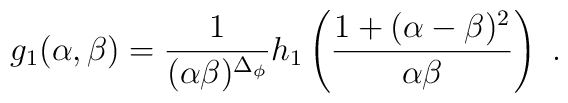
g_{1}(\alpha,\beta)=\frac {1}{(\alpha\beta)^{\Delta_{\phi}}}h_{1}\left(\frac {1+(\alpha-\beta)^{2}}{\alpha\beta}\right)~.